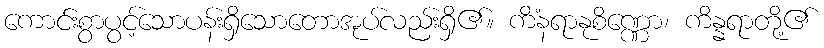
ကောင်းစွာပွင့်သောပန်းရှိသောတောအုပ်လည်းရှိ၏။ ကိံနရာနုစိဏ္ဏော၊ ကိန္နရာတို့၏